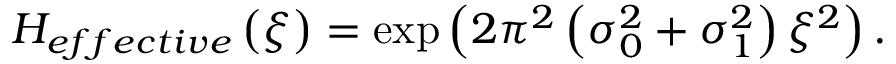
H _ { e f f e c t i v e } \left( \xi \right) = \exp \left( 2 \pi ^ { 2 } \left( \sigma _ { 0 } ^ { 2 } + \sigma _ { 1 } ^ { 2 } \right) \xi ^ { 2 } \right) .